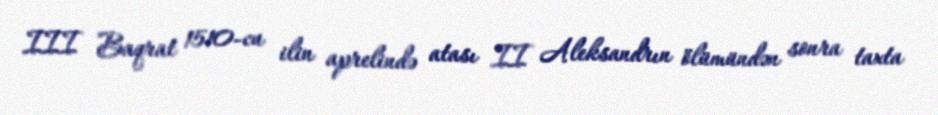
III Baqrat 1510-cu ilin aprelində atası II Aleksandrın ölümündən sonra taxta